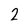
Character: 2